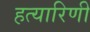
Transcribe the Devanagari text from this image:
हत्यारिणी